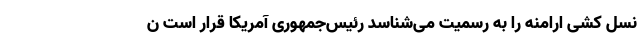
نسل کشی ارامنه را به رسمیت می‌شناسد رئیس‌جمهوری آمریکا قرار است ن